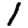
Digit: 1